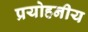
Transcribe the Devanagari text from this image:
प्रयोहनीय